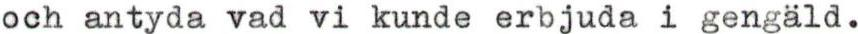
och antyda vad vi kunde erbjuda i gengäld.